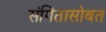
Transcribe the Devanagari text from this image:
संगितासोबत